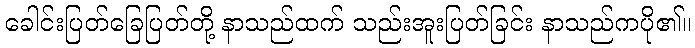
ခေါင်းပြတ်ခြေပြတ်တို့ နာသည်ထက် သည်းအူးပြတ်ခြင်း နာသည်ကပို၏။